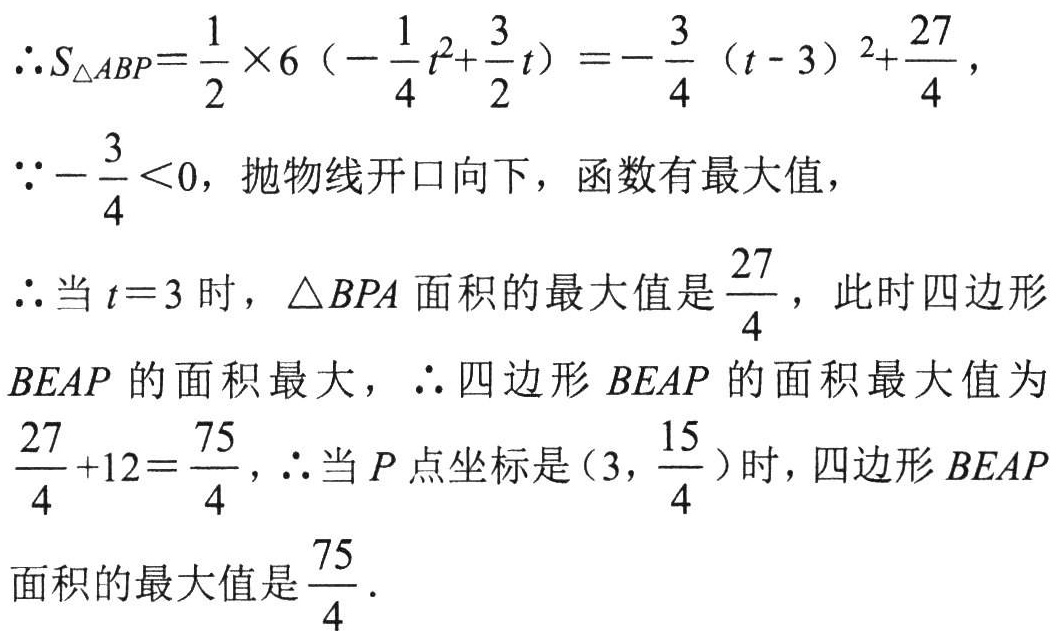
\(\therefore S_{\triangle ABP}=\frac{1}{2} \times 6\left(-\frac{1}{4} t^{2}+\frac{3}{2} t\right)=-\frac{3}{4}(t - 3)^{2}+\frac{27}{4}\)，
\(\because -\frac{3}{4}<0\)，抛物线开口向下，函数有最大值，
\(\therefore\)当\(t = 3\)时，\(\triangle BPA\)面积的最大值是\(\frac{27}{4}\)，此时四边形\(BEAP\)的面积最大，\(\therefore\)四边形\(BEAP\)的面积最大值为\(\frac{27}{4}+12=\frac{75}{4}\)，\(\therefore\)当\(P\)点坐标是\(\left(3,\frac{15}{4}\right)\)时，四边形\(BEAP\)面积的最大值是\(\frac{75}{4}\)．